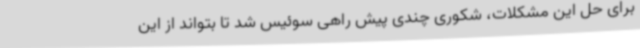
برای حل این مشکلات، شکوری چندی پیش راهی سوئیس شد تا بتواند از این